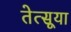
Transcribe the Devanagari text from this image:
तेत्सूया